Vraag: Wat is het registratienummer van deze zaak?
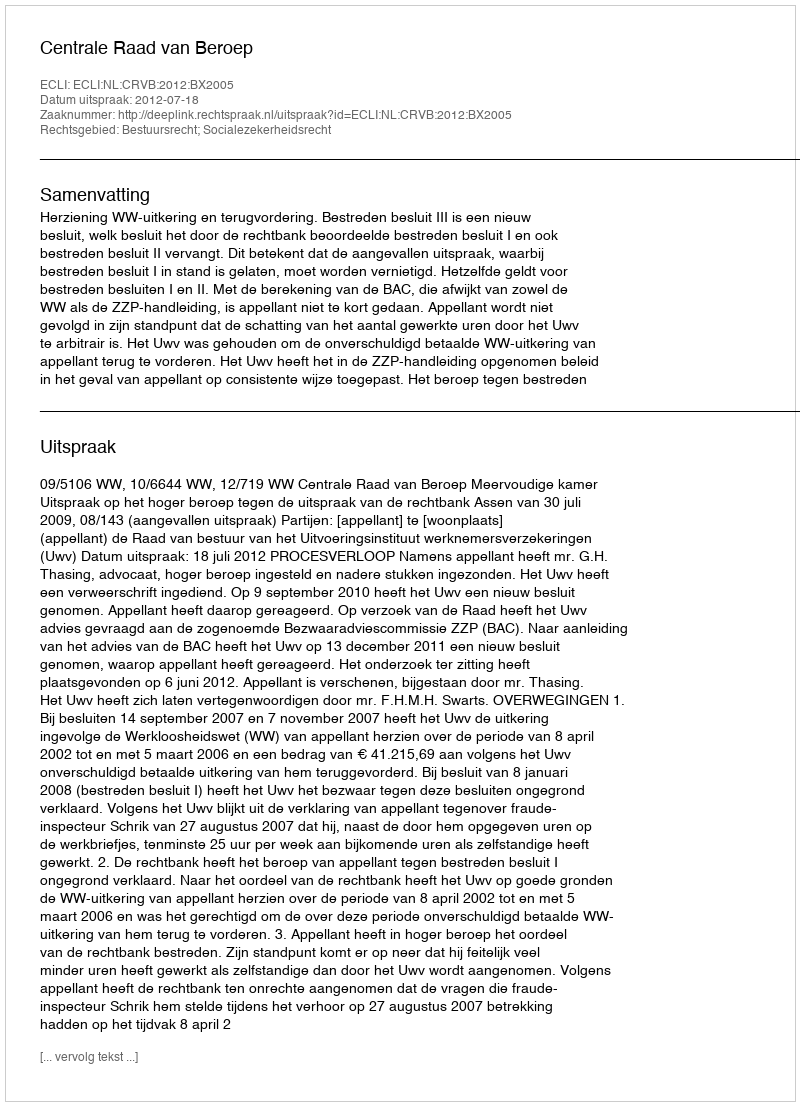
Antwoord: http://deeplink.rechtspraak.nl/uitspraak?id=ECLI:NL:CRVB:2012:BX2005